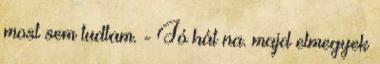
most sem tudtam. - Jó hát na. majd elmegyek